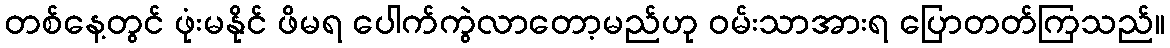
တစ်နေ့တွင် ဖုံးမနိုင် ဖိမရ ပေါက်ကွဲလာတော့မည်ဟု ဝမ်းသာအားရ ပြောတတ်ကြသည်။